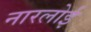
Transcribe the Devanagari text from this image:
नारलोई